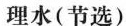
理水(节选)